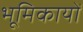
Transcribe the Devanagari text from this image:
भूमिकायों